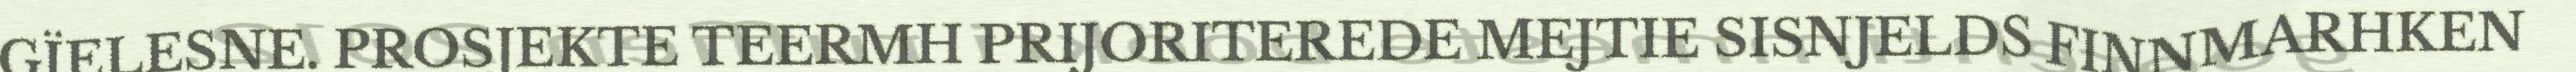
GÏELESNE. PROSJEKTE TEERMH PRIJORITEREDE MEJTIE SISNJELDS FINNMARHKEN